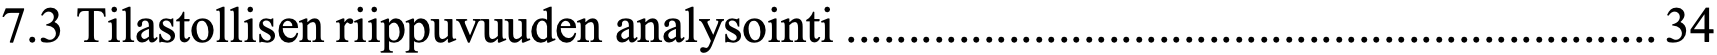
7.3 Tilastollisen riippuvuuden analysointi ................................................................. 34